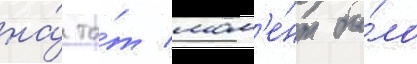
на́ то́т мом'е́нт бы́ло